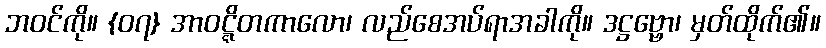
ဘဝင်ကို။ {၀၇} အာဝဋ္ဋိတကာလော၊ လည်စေအပ်ရာအခါကို။ ဒဋ္ဌဗ္ဗော၊ မှတ်ထိုက်၏။